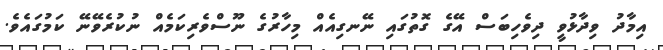
އިމާދު ވިދާޅުވީ ދިވެހިބަސް އޭގެ ގޮތުގައި ނޭނގިއެއް މިހާރުގެ ނޫސްވެރިކަމެއް ނުކުރެވޭނޭ ކަމުގައެވެ.